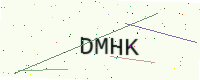
Text: DMHK